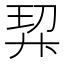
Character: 𭚗